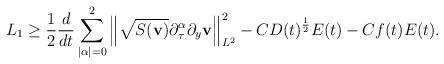
LaTeX: \begin{align*}L_1\ge \frac 12\frac d{dt}\sum\limits_{|\alpha|=0}^{2}\left\|\sqrt{S({\bf{v}})}\partial_\tau^\alpha\partial_y {\bf{v}}\right\|_{L^2}^2-CD(t)^{\frac12}E(t)-Cf(t)E(t).\end{align*}